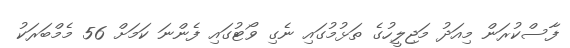
ފާސްކުރަން މިއަދު މަޖިލީހުގެ ތަޅުމުގައި ނެގި ވޯޓުގައި ފެންނަ ކަމަށް 56 މެމްބަރަކު